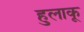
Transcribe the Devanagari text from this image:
हुलाकू